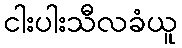
ငါးပါးသီလခံယူ